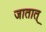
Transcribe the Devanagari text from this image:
जातात्